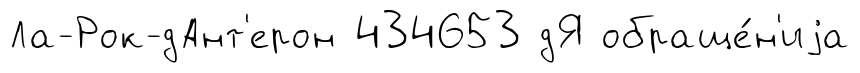
Ла-Рок-дАнт'ерон 434653 дЯ обраще́н'иjа